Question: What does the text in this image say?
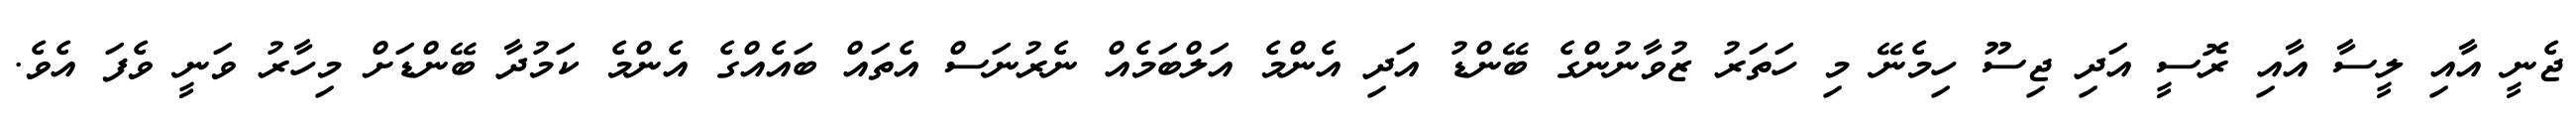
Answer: ޖެނީ އާއި ލީސާ އާއި ރޮސީ އަދި ޖިސޫ ހިމެނޭ މި ހަތަރު ޒުވާނުންގެ ބޭންޑު އަދި އެންމެ އަލްބަމެއް ނެރުނަސް އެތައް ބައެއްގެ އެންމެ ކަމުދާ ބޭންޑަށް މިހާރު ވަނީ ވެފަ އެވެ.